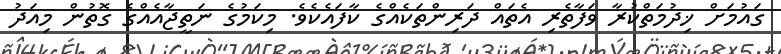
ގައުމަށް ޚިދުމަތްކުރާ ވަފާތެރި އެތައް ދަރިންތަކެއްގެ ކާފައެކެވެ. މިކަމުގެ ނަތީޖާއެއްގެ ގޮތުން މިއަދު